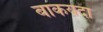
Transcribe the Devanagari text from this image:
बाकयदा